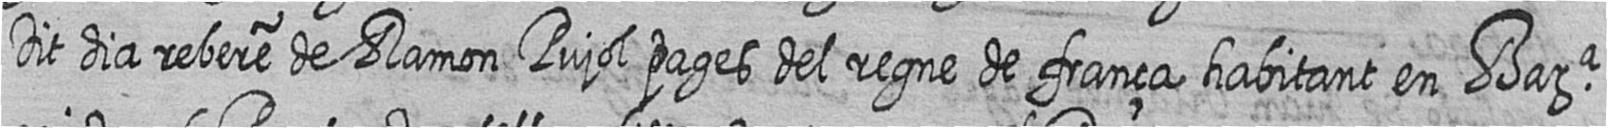
Dit dia rebere de Ramon Pujol pages del regne de frança habitant en Bara